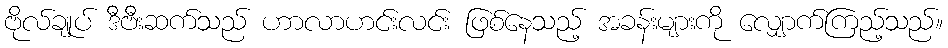
ဗိုလ်ချုပ် ဒီဗီးဆက်သည် ဟာလာဟင်းလင်း ဖြစ်နေသည့် အခန်းများကို လျှောက်ကြည့်သည်။